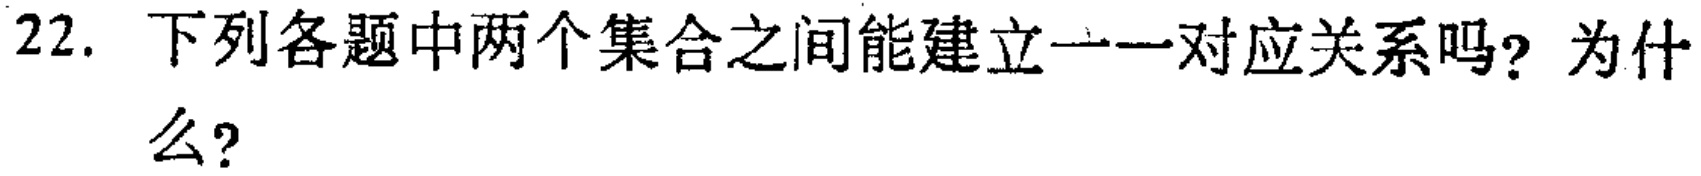
22. 下列各题中两个集合之间能建立一一对应关系吗？为什么？